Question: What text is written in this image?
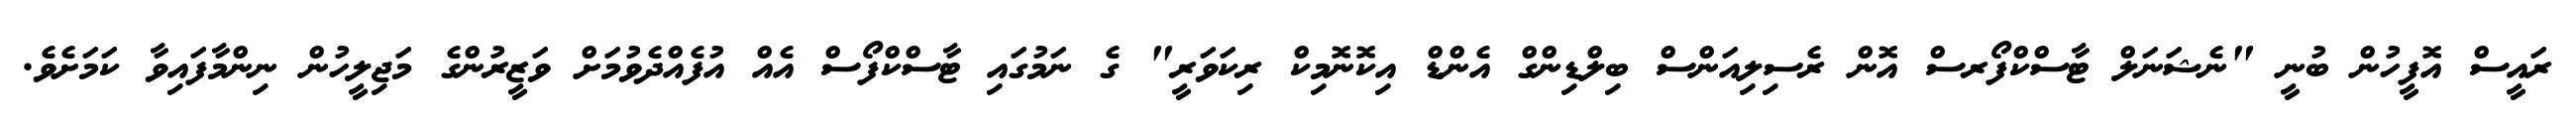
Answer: ރައީސް އޮފީހުން ބުނީ "ނެޝަނަލް ޓާސްކްފޯރސް އޮން ރެސިލިއަންސް ބިލްޑިންގް އެންޑް އިކޮނޮމިކް ރިކަވަރީ" ގެ ނަމުގައި ޓާސްކްފޯސް އެއް އުފެއްދެވުމަށް ވަޒީރުންގެ މަޖިލީހުން ނިންމާފައިވާ ކަމަށެވެ.